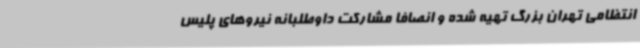
انتظامی تهران بزرگ تهیه شده و انصافا مشارکت داوطلبانه نیروهای پلیس